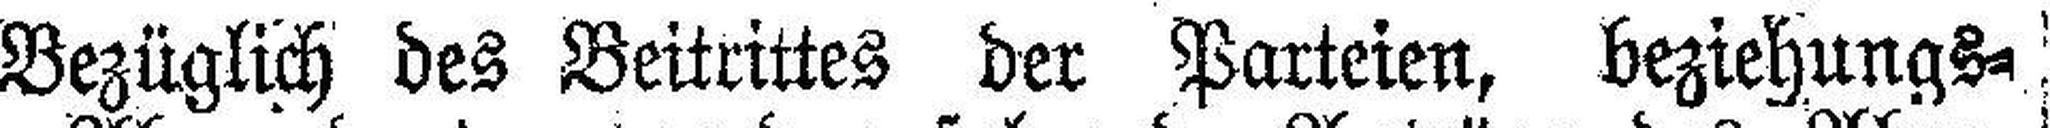
Bezüglich des Beitrittes der Parteien, beziehungs¬